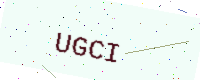
Text: UGCI